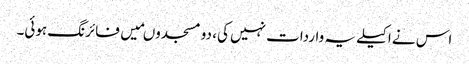
اس نے اکیلے یہ واردات نہیں کی، دو مسجدوںمیں فائرنگ ہوئی۔